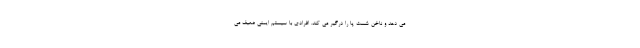
می دهد و ناخن شست پا را درگیر می کند. افرادی با سیستم ایمنی ضعیف می